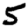
Digit: 5